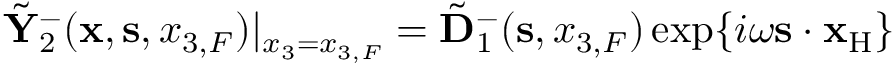
\tilde { \bf Y } _ { 2 } ^ { - } ( { { \bf x } } , { { \bf s } } , { x _ { 3 , F } } ) | _ { x _ { 3 } = { x _ { 3 , F } } } = \tilde { \bf D } _ { 1 } ^ { - } ( { \bf s } , x _ { 3 , F } ) \exp \{ i \omega { { \bf s } } \cdot { { \bf x } _ { \mathrm { H } } } \}